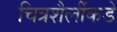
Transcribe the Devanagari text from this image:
चित्रशैलींकडे